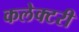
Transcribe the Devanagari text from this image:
कलेक्टरी